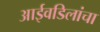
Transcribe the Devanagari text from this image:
आईवडिलांचा